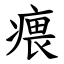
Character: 㾯